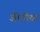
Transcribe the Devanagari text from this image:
जीनीवा